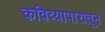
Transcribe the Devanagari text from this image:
कविव्यापारातून